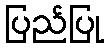
ပြည်ပြု